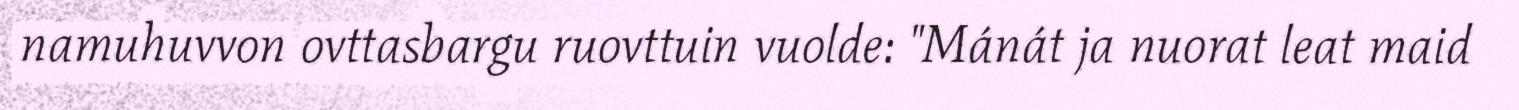
namuhuvvon ovttasbargu ruovttuin vuolde: "Mánát ja nuorat leat maid